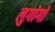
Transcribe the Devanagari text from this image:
लुगोगो